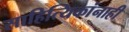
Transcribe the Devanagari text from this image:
साहित्यिकांनाही